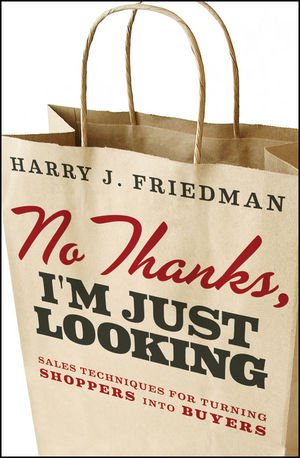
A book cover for No Thanks, I'm Just Looking: Sales Techniques for Turning Shoppers into Buyers; Harry J. Friedman; Business & Money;